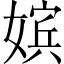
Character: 嫔